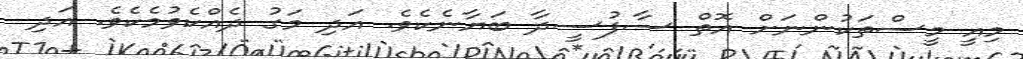
މިއީ މީސްތަކުންނަށް އޮތް ސާފުސީދާ ބަޔާނެކެވެ. އަދި މަގު ދެއްކެވުމެކެވެ. އަދި